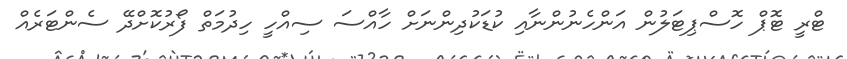
ޓްރީ ޓޮޕް ހޮސްޕިޓަލުން އަންހެނުންނާއި ކުޑަކުދިންނަށް ހާއްސަ ސިއްހީ ހިދުމަތް ފޯރުކޮށްދޭ ސެންޓަރެއް